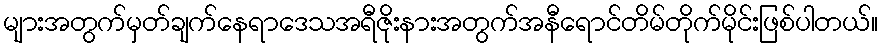
များအတွက်မှတ်ချက်နေရာဒေသအရီဇိုးနားအတွက်အနီရောင်တိမ်တိုက်မိုင်းဖြစ်ပါတယ်။